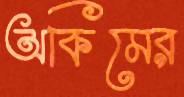
অকিমের